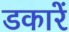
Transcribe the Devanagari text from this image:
डकारें